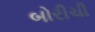
બોરીચી